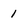
Character: 1